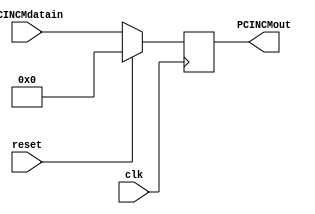
module pcIncM (
    input wire clk,           // Seal de reloj
    input wire reset,         // Seal de reinicio
    input wire [31:0] PCINCMdatain, // Entrada de datos
    output reg [31:0] PCINCMout
);

always @(negedge clk) begin
    if (reset == 1) begin
        PCINCMout <= 32'b00000000000000000000000000000000;
    end
    else begin
        PCINCMout <= PCINCMdatain;
    end
end

endmodule